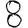
Digit: 8